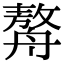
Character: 𦪈